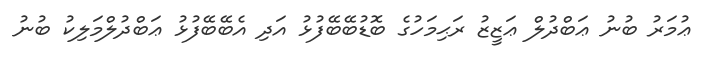
ޢުމަރު ބުނު ޢަބްދުލް ޢަޒީޒު ރަޙިމަހުގެ ބޮޑުބޭބޭފުޅު އަދި އެބޭބޭފުޅު ޢަބްދުލްމަލިކު ބުނު